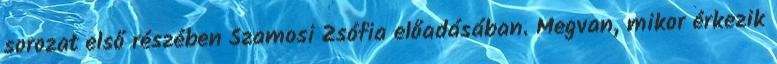
sorozat első részében Szamosi Zsófia előadásában. Megvan, mikor érkezik